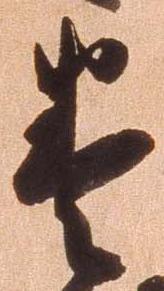
巻